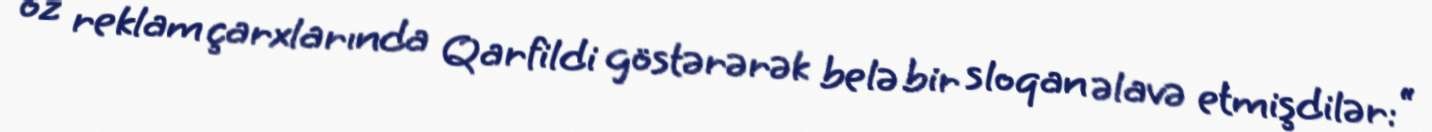
öz reklam çarxlarında Qarfildi göstərərək belə bir sloqan əlavə etmişdilər: “